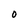
Character: O